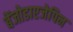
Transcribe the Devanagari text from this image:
बेंजोडाएजेपिन